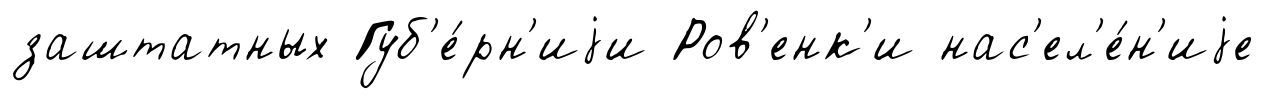
заштатных Губ'е́рн'иjи Ров'енк'и нас'ел'е́н'иjе